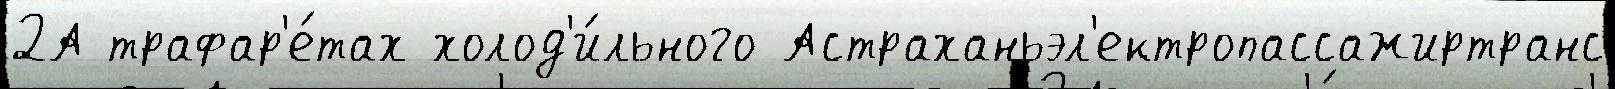
2А трафар'е́тах холод'и́льного Астраханьэл'ектропассажиртранс